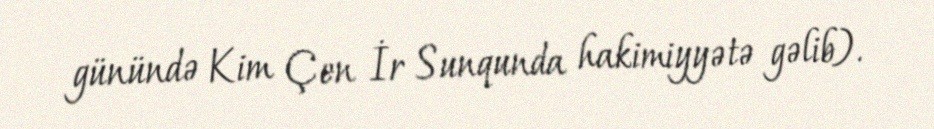
günündə Kim Çen İr Sunqunda hakimiyyətə gəlib).